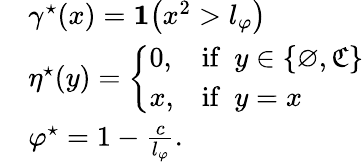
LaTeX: \begin{array}{rl}&{\gamma^{\star}(x)=\mathbf{1}\big(x^{2}>l_{\varphi}\big)}\\ &{\eta^{\star}(y)=\left\{ \begin{array}{ll}{0,}&{\mathrm{if}\ \ y\in\{ \varnothing,\mathfrak{C}\} }\\ {x,}&{\mathrm{if}\ \ y=x}\end{array}\right.}\\ &{\varphi^{\star}=1-\frac{c}{l_{\varphi}}.}\end{array}